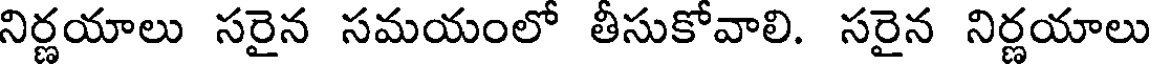
నిర్ణయాలు సరైన సమయంలో తీసుకోవాలి. సరైన నిర్ణయాలు